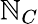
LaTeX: \mathbb{N}_{C}